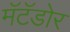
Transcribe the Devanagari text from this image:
मॅटॅडोर